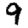
Digit: 9